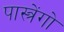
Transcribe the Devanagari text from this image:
पास्त्रेंगो